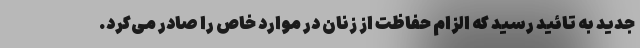
جدید به تائید رسید که الزام حفاظت از زنان در موارد خاص را صادر می‌کرد.